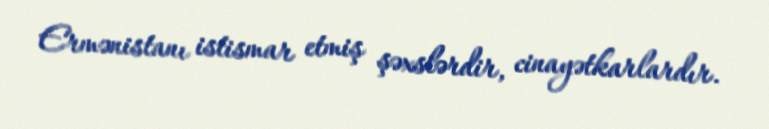
Ermənistanı istismar etmiş şəxslərdir, cinayətkarlardır.